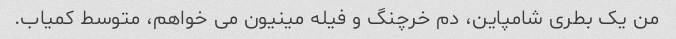
من یک بطری شامپاین، دم خرچنگ و فیله مینیون می خواهم، متوسط ​​کمیاب.